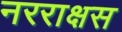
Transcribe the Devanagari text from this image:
नरराक्षस